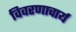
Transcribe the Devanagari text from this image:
विवरणाचार्य